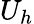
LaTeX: U_{h}